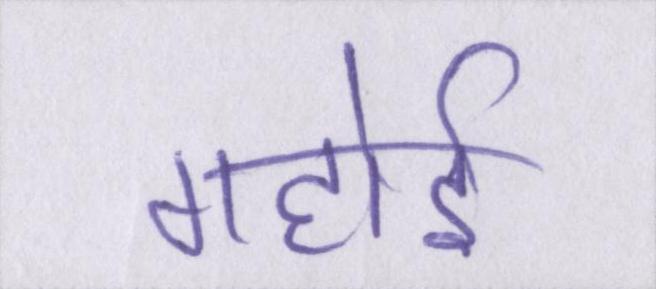
गहोई